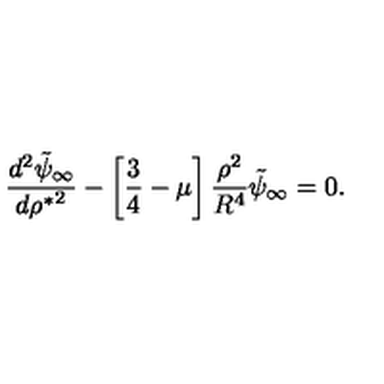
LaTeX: { \frac { d ^ { 2 } \tilde { \psi } _ { \infty } } { d { \rho ^ { * } } ^ { 2 } } } - \left[ { \frac { 3 } { 4 } } - \mu \right] { \frac { \rho ^ { 2 } } { R ^ { 4 } } } \tilde { \psi } _ { \infty } = 0 .